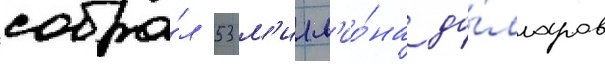
собра́л 53 м'илл'ио́на до́лларов